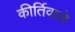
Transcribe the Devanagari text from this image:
कीर्तिवाले